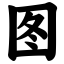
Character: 图